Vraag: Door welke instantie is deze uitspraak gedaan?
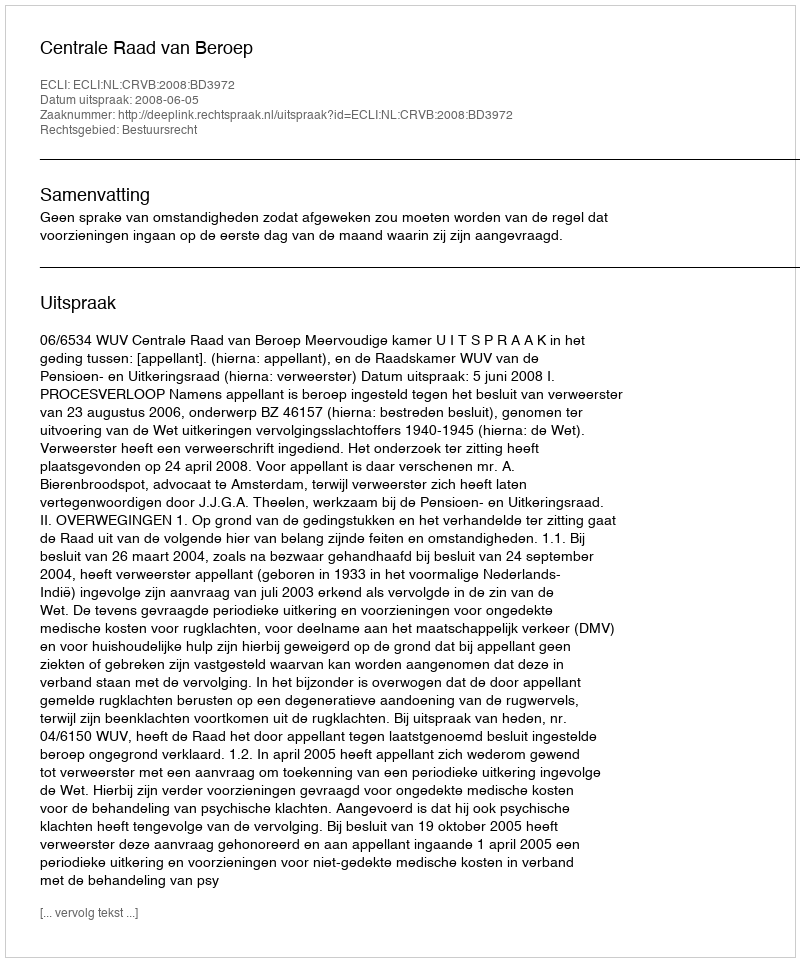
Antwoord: Centrale Raad van Beroep